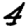
Digit: 4